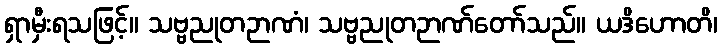
ရှာမှီးရသဖြင့်။ သဗ္ဗညုတဉာဏံ၊ သဗ္ဗညုတဉာဏ်တော်သည်။ ယဒိဟောတိ၊